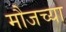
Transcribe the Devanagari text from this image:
मौजच्या